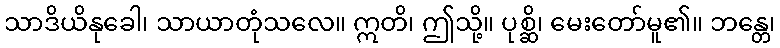
သာဒိယိနုခေါ၊ သာယာတုံသလေ။ ဣတိ၊ ဤသို့။ ပုစ္ဆိ၊ မေးတော်မူ၏။ ဘန္တေ၊